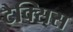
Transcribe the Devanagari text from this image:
टैक्सिस